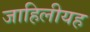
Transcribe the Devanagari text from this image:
जाहिलीयह